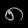
Digit: ၈